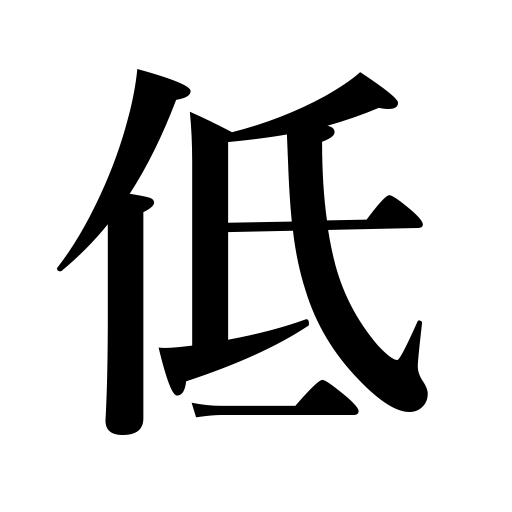
Meanings: low,low voice,short,humble